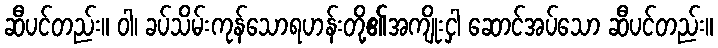
ဆီပင်တည်း။ ဝါ၊ ခပ်သိမ်းကုန်သောရဟန်းတို့၏အကျိုးငှါ ဆောင်အပ်သော ဆီပင်တည်း။